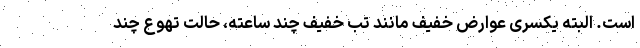
است. البته یکسری عوارض خفیف مانند تب خفیف چند ساعته، حالت تهوع چند